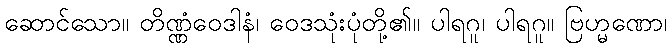
ဆောင်သော။ တိဏ္ဏံဝေဒါနံ၊ ဝေဒသုံးပုံတို့၏။ ပါရဂူ၊ ပါရဂူ။ ဗြဟ္မဏော၊